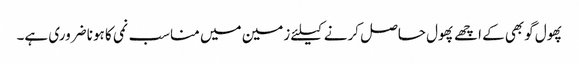
پھول گوبھی کے اچھے پھول حاصل کرنے کیلئے زمین میں مناسب نمی کا ہونا ضروری ہے۔